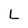
Character: L